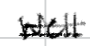
Text: well
Cross-out: double-line
Writing tool: digital_black